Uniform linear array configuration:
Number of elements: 64
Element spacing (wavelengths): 0.25
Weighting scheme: uniform
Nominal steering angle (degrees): -45
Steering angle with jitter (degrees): -44.089
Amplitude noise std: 0.05
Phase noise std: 0.05

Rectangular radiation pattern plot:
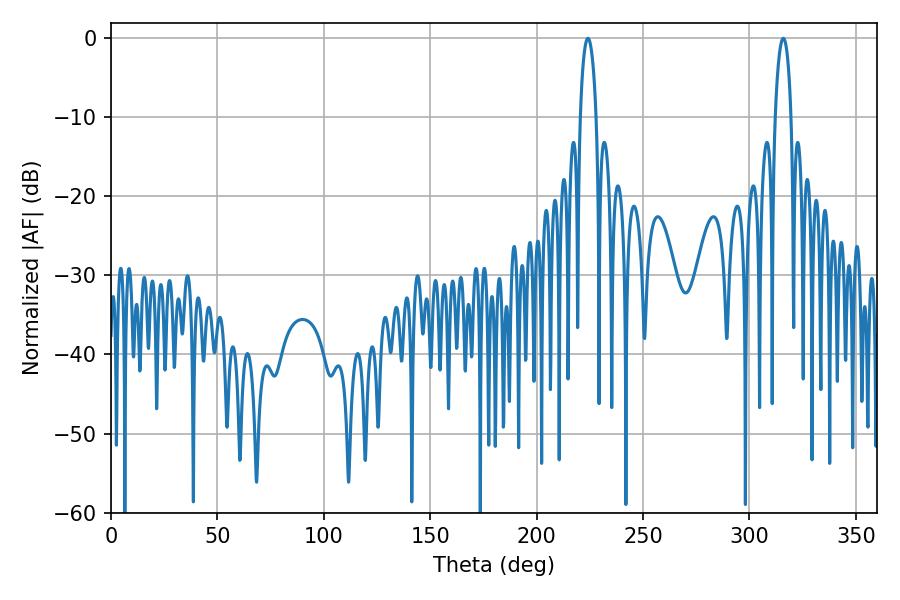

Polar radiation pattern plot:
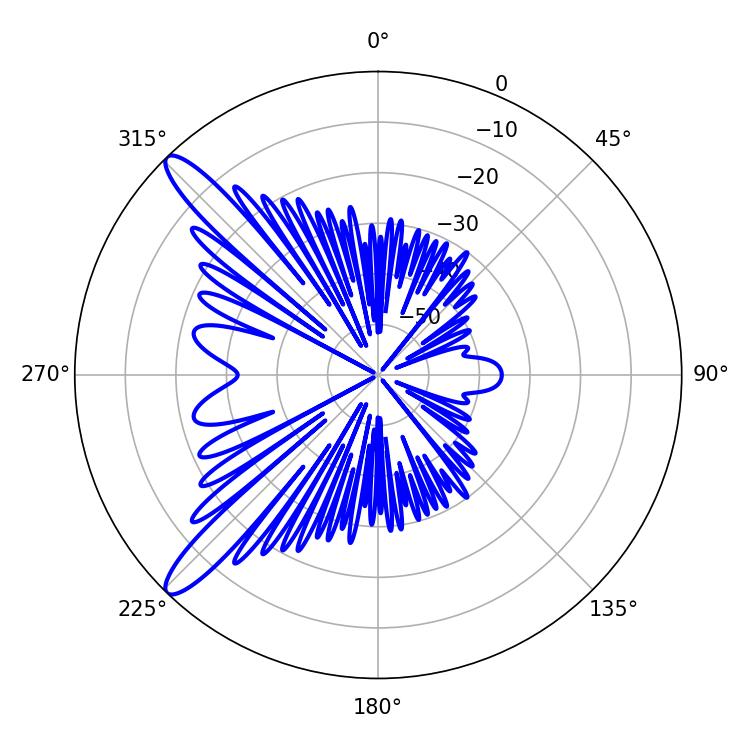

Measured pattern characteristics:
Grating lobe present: FALSE
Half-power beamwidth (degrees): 4.32
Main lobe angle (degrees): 224.1